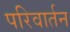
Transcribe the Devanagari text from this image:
परिवार्तन